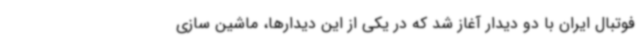
فوتبال ایران با دو دیدار آغاز شد که در یکی از این دیدارها، ماشین سازی